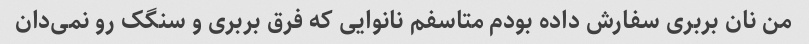
من نان بربری سفارش داده بودم متاسفم نانوایی که فرق بربری و سنگک رو نمی‌دان